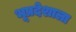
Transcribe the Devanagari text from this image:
भूप्रदेशाला